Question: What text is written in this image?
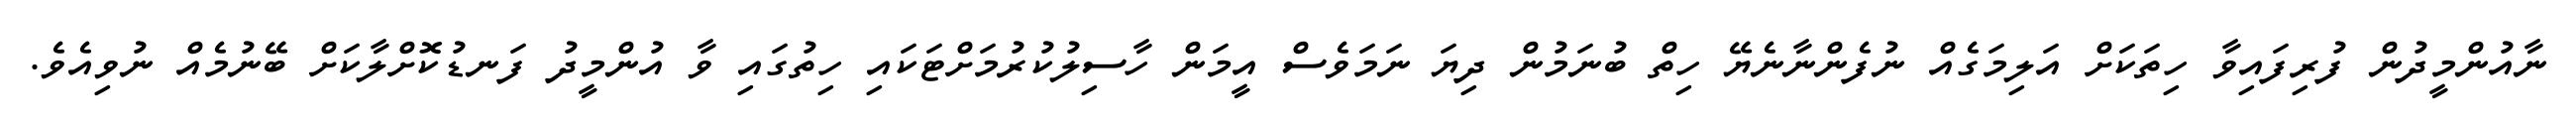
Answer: ނާއުންމީދުން ފުރިފައިވާ ހިތަކަށް އަލިމަގެއް ނުފެންނާނެޔޭ ހިތް ބުނަމުން ދިޔަ ނަމަވެސް އީމަން ހާސިލުކުރުމަށްޓަކައި ހިތުގައި ވާ އުންމީދު ފަނޑުކޮށްލާކަށް ބޭނުމެއް ނުވިއެވެ.